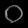
Digit: ၀